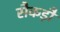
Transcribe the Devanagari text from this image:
सैकड़ौ